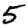
Digit: 5